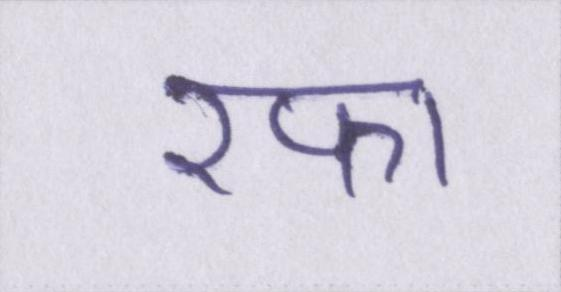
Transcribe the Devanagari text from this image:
रफा